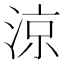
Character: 涼